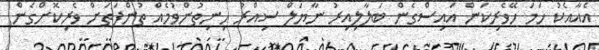
އެއާއެކު ހަމަ ހޭވެރިކަން އައިސްގެން ބަލާލިއިރު ނާޔަލް ސިއްރު ހިނިތުންވުމެއް ތުންފަތަށް ވެރިކޮށްގެން